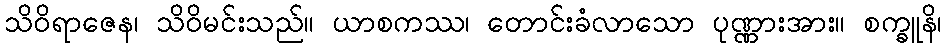
သိဝိရာဇေန၊ သိဝိမင်းသည်။ ယာစကဿ၊ တောင်းခံလာသော ပုဏ္ဏားအား။ စက္ခူနိ၊